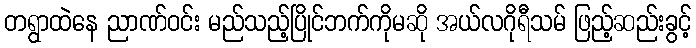
တရွာထဲနေ ညာဏ်ဝင်း မည်သည့်ပြိုင်ဘက်ကိုမဆို အယ်လဂိုရီသမ် ဖြည့်ဆည်းခွင့်